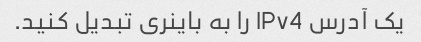
یک آدرس IPv4 را به باینری تبدیل کنید.